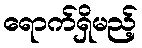
ရောက်ရှိမည့်